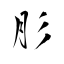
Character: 肜